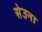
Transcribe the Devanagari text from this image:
सेउना